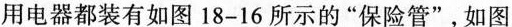
用电器都装有如图18-16所示的”保险管”，如图